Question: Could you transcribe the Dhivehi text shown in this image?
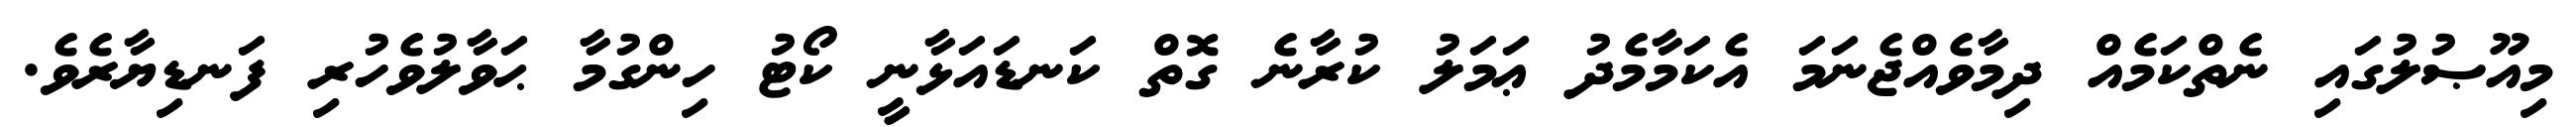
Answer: މިއޫޞުލުގައި ނެތްކަމެއް ދިމާވެއްޖެނަމަ އެކަމާމެދު ޢަމަލު ކުރާނެ ގޮތް ކަނޑައަޅާނީ ކޯޓު ހިންގުމާ ޙަވާލުވެހުރި ފަނޑިޔާރެވެ.